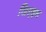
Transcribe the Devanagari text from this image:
जिएइन